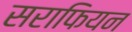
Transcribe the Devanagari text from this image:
सराफियन